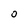
Character: 0